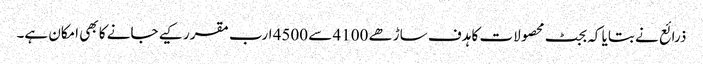
ذرائع نے بتایا کہ بجٹ محصولات کا ہدف ساڑھے 4100 سے 4500 ارب مقرر کیے جانے کا بھی امکان ہے۔